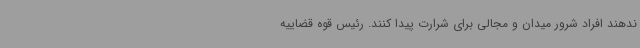
ندهند افراد شرور میدان و مجالی برای شرارت پیدا کنند. رئیس قوه قضاییه